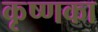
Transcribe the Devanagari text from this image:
कृष्णका